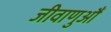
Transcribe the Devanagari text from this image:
जीवाणुऔं